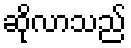
ဆိုလာသည်